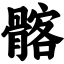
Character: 髂